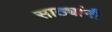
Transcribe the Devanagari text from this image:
साठ्यांनी